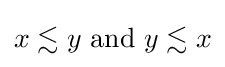
x\lesssim y{\text{ and }}y\lesssim x